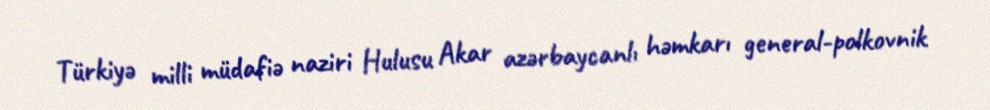
Türkiyə milli müdafiə naziri Hulusu Akar azərbaycanlı həmkarı general-polkovnik